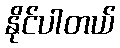
နိုင်ပါတယ်